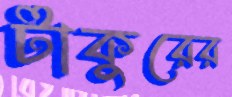
টাকুরের